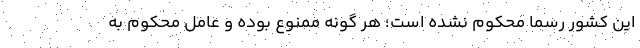
این کشور رسما محکوم نشده است؛ هر گونه ممنوع بوده و عامل محکوم به